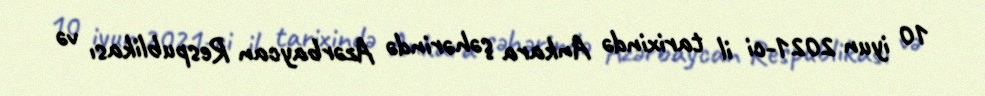
10 iyun 2021-ci il tarixində Ankara şəhərində Azərbaycan Respublikası və